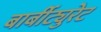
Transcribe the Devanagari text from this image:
बार्बीट्युरेट